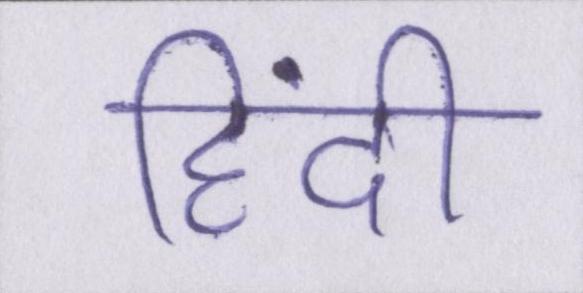
हिंदी